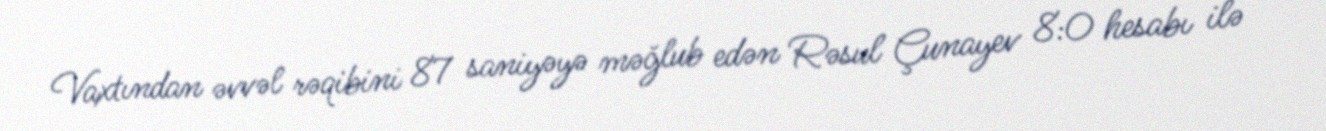
Vaxtından əvvəl rəqibini 87 saniyəyə məğlub edən Rəsul Çunayev 8:0 hesabı ilə